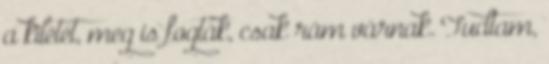
a kilétét, meg is fogták, csak rám várnak. Tudtam,